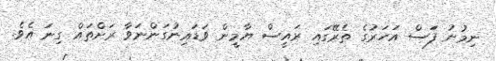
ނިމުނު ފަަސް އަހަރުގެ ތެރޭގައި ރައީސް ޔާމީން ވަޑައިނުގަންނަވާ ރަށްތައް ގިނަ އެވެ.